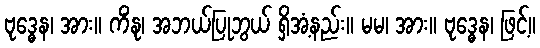
ဗုဒ္ဓေန၊ အား။ ကိံနု၊ အဘယ်ပြုဘွယ် ရှိအံ့နည်း။ မမ၊ အား။ ဗုဒ္ဓေန၊ ဖြင့်။